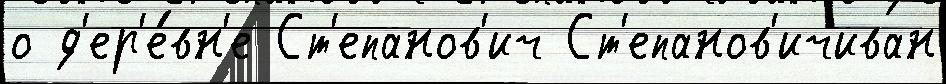
о д'ер'е́вн'е Ст'епанов'ич Ст'епанов'ичиван